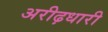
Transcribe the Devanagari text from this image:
अरीढ़धारी